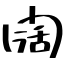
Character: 闊